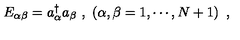
E _ { \alpha \beta } = a _ { \alpha } ^ { \dagger } a _ { \beta } \ , \ \left( \alpha , \beta = 1 , \cdots , N + 1 \right) \ ,